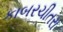
કાબરચીતરા